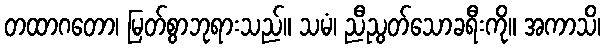
တထာဂတော၊ မြတ်စွာဘုရားသည်။ သမံ၊ ညီညွတ်သောခရီးကို။ အကာသိ၊